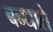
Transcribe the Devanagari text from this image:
बन्धाते